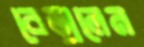
বেড়ালেন